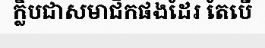
ក្លិបជាសមាជិកផងដែរ តែបើ